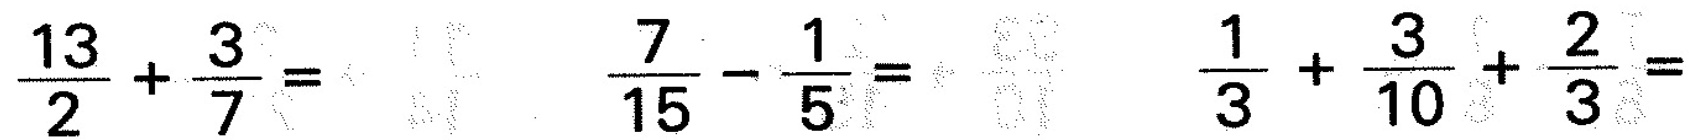
$$\frac { 1 3 } { 2 } + \frac { 3 } { 7 } =$$ $$\frac { 7 } { 1 5 } - \frac { 1 } { 5 } =$$ $$\frac { 1 } { 3 } + \frac { 3 } { 1 0 } + \frac { 2 } { 3 } =$$